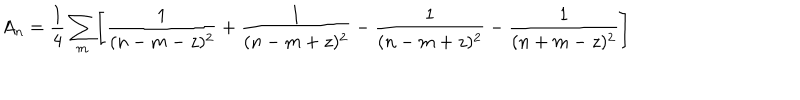
A _ { n } = { { \frac { 1 } { 4 } } \sum _ { m } } \Biggl [ { \frac { 1 } { ( n - m - z ) ^ { 2 } } } + { \frac { 1 } { ( n - m + z ) ^ { 2 } } } - { \frac { 1 } { ( n - m + z ) ^ { 2 } } } - { \frac { 1 } { ( n + m - z ) ^ { 2 } } } \Biggr ]